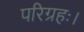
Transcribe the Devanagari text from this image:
परिग्रहः।